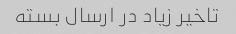
تاخیر زیاد در ارسال بسته